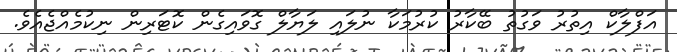
އަފްލާކް އިތުރު ވަގުތު ބޭކާރު ކުރުމަކާ ނުލައި ލަޔާލް ގޮވައިގެން ކޮޓަރިން ނިކުމެއްޖެއެވެ.